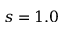
s = 1 . 0